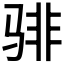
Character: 𬴂